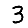
Digit: 3